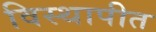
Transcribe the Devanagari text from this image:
विस्थापीत